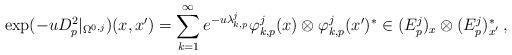
LaTeX: \begin{align*}\exp(-uD_p^2|_{\Omega^{0,j}})(x,x')=\sum_{k=1}^\infty e^{-u\lambda^j_{k,p}}\varphi^j_{k,p}(x)\otimes\varphi^j_{k,p}(x')^*\in (E^j_p)_x\otimes (E^j_p)^*_{x'}\,,\end{align*}